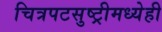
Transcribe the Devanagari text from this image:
चित्रपटसुष्ट्रीमध्येही